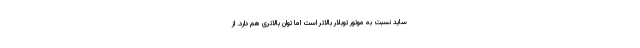
ساید نسبت به موتور توبلار بالاتر است اما توان بالاتری هم دارد. از